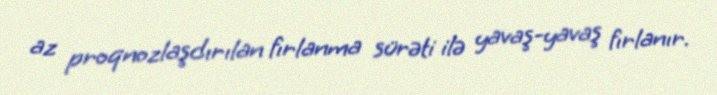
az proqnozlaşdırılan fırlanma sürəti ilə yavaş-yavaş fırlanır.